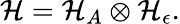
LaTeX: {\mathcal{H}}={\mathcal{H}}_{A}\otimes{\mathcal{H}}_{\epsilon}.